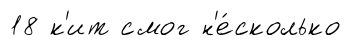
18 к'ит смог н'е́сколько